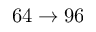
6 4 \to 9 6